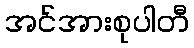
အင်အားစုပါတီ